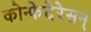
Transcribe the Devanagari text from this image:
कोन्फेदेरेसन्